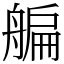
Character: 艑